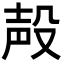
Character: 殸